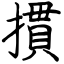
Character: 摜